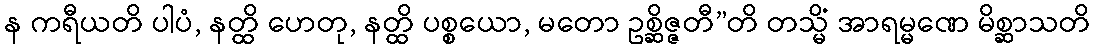
န ကရီယတိ ပါပံ, နတ္ထိ ဟေတု, နတ္ထိ ပစ္စယော, မတော ဥစ္ဆိဇ္ဇတီ”တိ တသ္မိံ အာရမ္မဏေ မိစ္ဆာသတိ